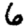
Digit: 6